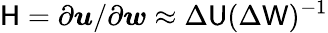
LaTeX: \mathsf{H}={\partial\boldsymbol{u}}/{\partial\boldsymbol{w}}\approx\Delta\mathsf{U}(\Delta\mathsf{W})^{-1}